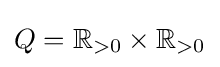
Q=\mathbb {R} _{>0}\times \mathbb {R} _{>0}